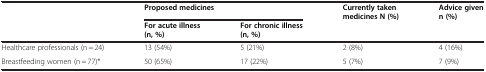
<table><thead><tr><td rowspan="2"><b> </b></td><td colspan="2"><b>Proposed medicines</b></td><td rowspan="2"><b>Currently taken medicinesN (%)</b></td><td rowspan="2"><b>Advice givenn (%)</b></td></tr><tr><td><b>For acute illness (n, %)</b></td><td><b>For chronic illness (n, %)</b></td></tr></thead><tbody><tr><td>Healthcare professionals (n = 24)</td><td>13 (54%)</td><td>5 (21%)</td><td>2 (8%)</td><td>4 (16%)</td></tr><tr><td>Breastfeeding women (n = 77)*</td><td>50 (65%)</td><td>17 (22%)</td><td>5 (7%)</td><td>7 (9%)</td></tr></tbody></table>